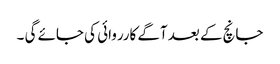
جانچ کے بعد آگے کارروائی کی جائے گی ۔